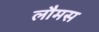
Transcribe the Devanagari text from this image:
लौमस